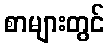
စာများတွင်